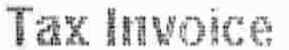
TAX INVOICE